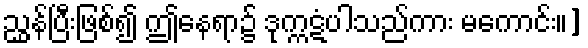
ညွှန်ပြီးဖြစ်၍ ဤနေရာ၌ ဒုက္ကဋံပါသည်ကား မကောင်း။]